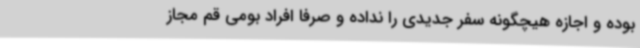
بوده و اجازه هیچگونه سفر جدیدی را نداده و صرفا افراد بومی قم مجاز